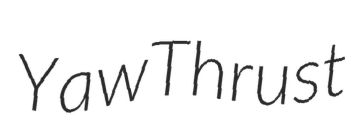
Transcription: YawThrust